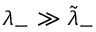
\lambda _ { - } \gg \tilde { \lambda } _ { - }